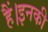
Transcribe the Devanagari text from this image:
हैं।इनकी